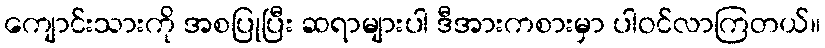
ကျောင်းသားကို အစပြုပြီး ဆရာများပါ ဒီအားကစားမှာ ပါဝင်လာကြတယ်။